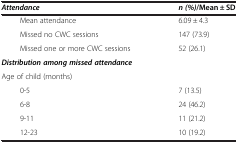
<table><thead><tr><td><b><i>Attendance</i></b></td><td><b><i>n (%)</i>/Mean ± SD</b></td></tr></thead><tbody><tr><td>Mean attendance</td><td>6.09 ± 4.3</td></tr><tr><td>Missed no CWC sessions</td><td>147 (73.9)</td></tr><tr><td>Missed one or more CWC sessions</td><td>52 (26.1)</td></tr><tr><td><b><i>Distribution among missed attendance</i></b></td><td> </td></tr><tr><td>Age of child (months)</td><td> </td></tr><tr><td>0-5</td><td>7 (13.5)</td></tr><tr><td>6-8</td><td>24 (46.2)</td></tr><tr><td>9-11</td><td>11 (21.2)</td></tr><tr><td>12-23</td><td>10 (19.2)</td></tr></tbody></table>